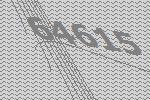
64615